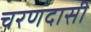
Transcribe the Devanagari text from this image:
चरणदासी